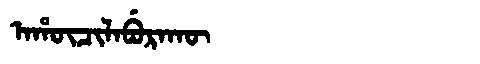
Manchu: ᠠᡥᡡᠴᡳᠯᠠᠪᡠᡵᠠᡴᡡ
Romanization: AHŪCILABURAKŪ